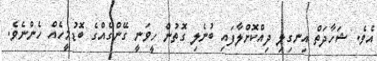
އެވެ. ޝަހާދަތް އިނގިލި ދިއްކޮށްލާފައި ބުނެލި ގޮތުން ހީވަނީ ގޭންގެއްގެ ބޮޑުމީހެއް ހެންނެވެ.